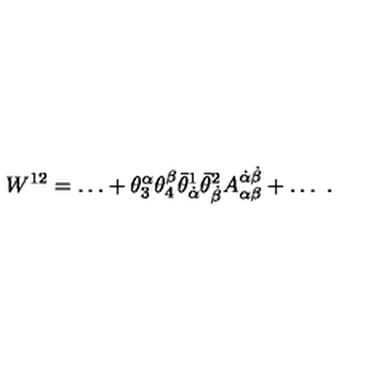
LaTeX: W ^ { 1 2 } = \ldots + \theta _ { 3 } ^ { \alpha } \theta _ { 4 } ^ { \beta } \bar { \theta } _ { \dot { \alpha } } ^ { 1 } \bar { \theta } _ { \dot { \beta } } ^ { 2 } A _ { \alpha \beta } ^ { \dot { \alpha } \dot { \beta } } + \ldots \ .